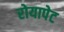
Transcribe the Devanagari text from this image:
रोयापेट